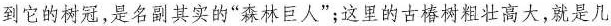
到它的树冠，是名副其实的”森林巨人”；这里的古椿树粗壮高大，就是儿